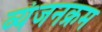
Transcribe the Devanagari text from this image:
व्यंजनक्रम